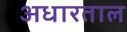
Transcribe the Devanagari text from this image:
अधारताल